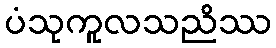
ပံသုကူလသညိဿ